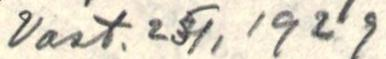
Vast. 25/1 1929